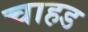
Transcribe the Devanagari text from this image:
चाहड